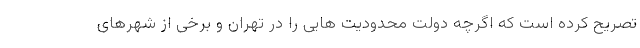
تصریح کرده است که اگرچه دولت محدودیت هایی را در تهران و برخی از شهرهای